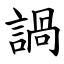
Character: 諣